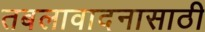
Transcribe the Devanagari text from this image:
तबलावादनासाठी